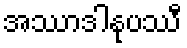
အဿာဒါနုပဿီ